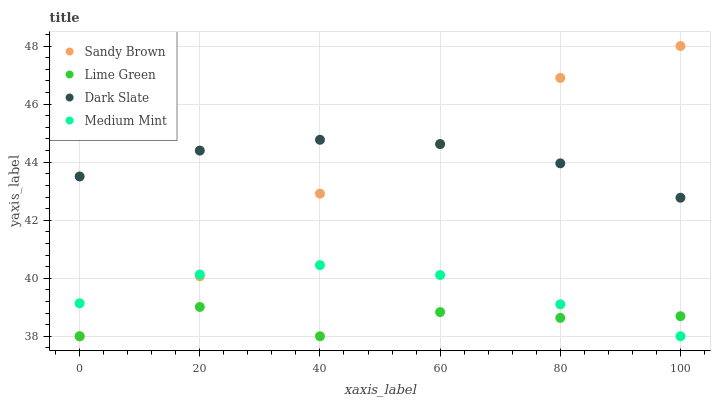
| xaxis_label | Sandy Brown | Lime Green | Dark Slate | Medium Mint |
 | --- | --- | --- | --- | --- |
 | 0 | 38 | 38 | 43.5 | 39.1 |
 | 20 | 40.1 | 39 | 44.4 | 40.1 |
 | 40 | 42.9 | 38 | 44.8 | 40.5 |
 | 60 | 44.6 | 38.8 | 44.6 | 40.1 |
 | 80 | 46.9 | 38.6 | 44 | 39.1 |
 | 100 | 48 | 38.7 | 42.8 | 38 |